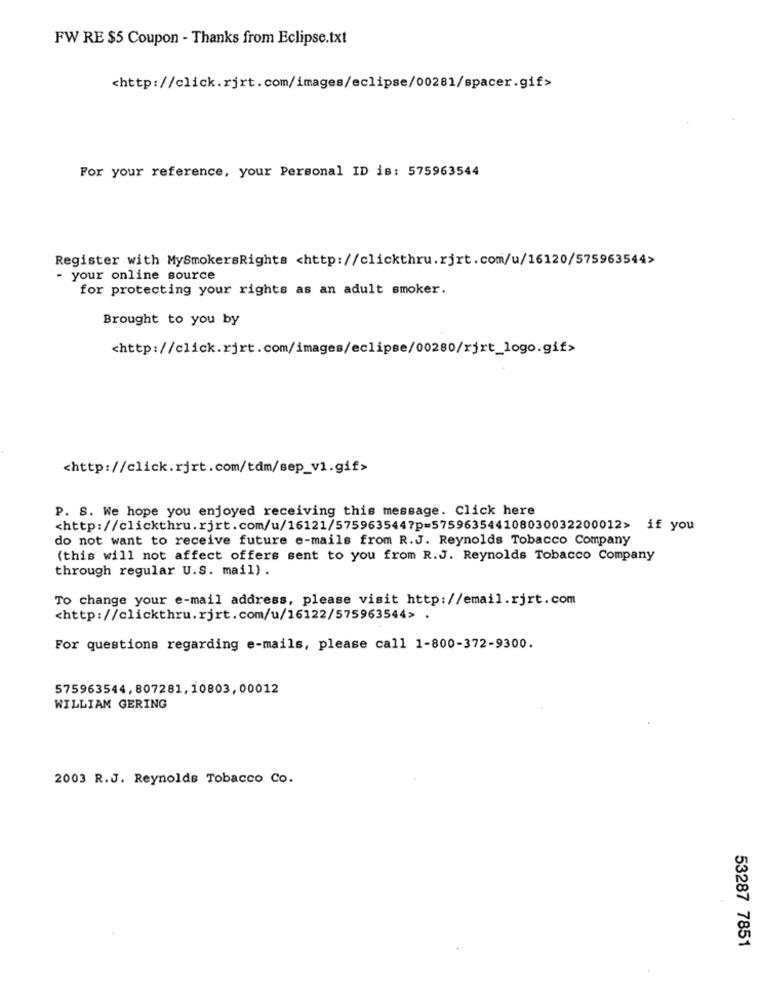
FW RE $5 Coupon - Thanks from Eclipse.txt
<http://click.rjrt.com/images/eclipse/00281/spacer.gif>
For your reference, your Personal ID is: 575963544
Register with MySmokersRights <http://clickthru.rjrt.com/u/16120/575963544>
- your online source
for protecting your rights as an adult smoker.
Brought to you by
<http://click.rjrt.com/images/eclipse/00280/rjrt_logo.gif>
<http://click.rjrt.com/tdm/sep_v1.gif>
P. S. We hope you enjoyed receiving this message. Click here
<http://clickthru.rjrt.com/u/16121/575963544?p=575963544108030032200012> if you
do not want to receive future e-mails from R.J. Reynolds Tobacco Company
(this will not affect offers sent to you from R.J. Reynolds Tobacco Company
through regular U.S. mail) .
To change your e-mail address, please visit http://email.rjrt.com
<http://clickthru.rjrt.com/u/16122/575963544> .
For questions regarding e-mails, please call 1-800-372-9300.
575963544, 807281, 10803, 00012
WILLIAM GERING
2003 R.J. Reynolds Tobacco Co.
53287 7851